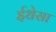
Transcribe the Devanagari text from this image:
ईधेसा